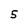
Character: 5